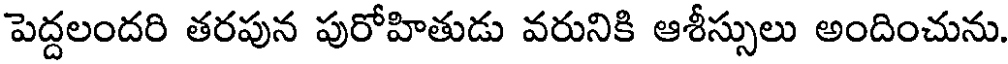
పెద్దలందరి తరపున పురోహితుడు వరునికి ఆశీస్సులు అందించును.